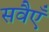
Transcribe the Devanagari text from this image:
सवैएँ